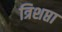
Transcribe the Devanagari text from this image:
त्रिशप्ता